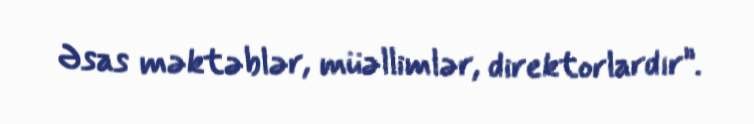
Əsas məktəblər, müəllimlər, direktorlardır”.